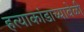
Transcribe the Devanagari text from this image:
हत्याकांडाच्यावेळी